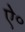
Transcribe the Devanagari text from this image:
ऐ॰